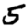
Digit: 5